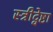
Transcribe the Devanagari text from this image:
स्त्रीद्वेष्टा